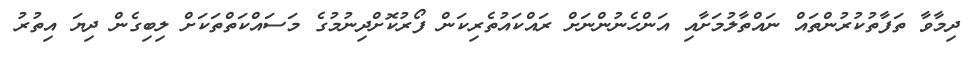
ދިމާވާ ތަފާތުކުރުންތައް ނައްތާލުމަށާއި އަންހެނުންނަށް ރައްކައުތެރިކަން ފޯރުކޮށްދިނުމުގެ މަސައްކަތްތަކަށް ލިބިގެން ދިޔަ އިތުރު